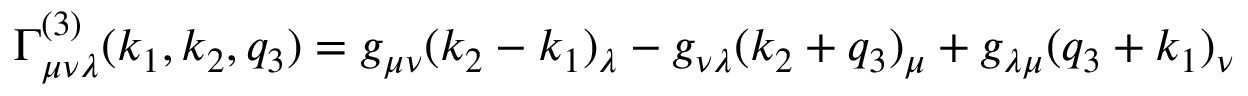
\Gamma _ { \mu \nu \lambda } ^ { ( 3 ) } ( k _ { 1 } , k _ { 2 } , q _ { 3 } ) = g _ { \mu \nu } ( k _ { 2 } - k _ { 1 } ) _ { \lambda } - g _ { \nu \lambda } ( k _ { 2 } + q _ { 3 } ) _ { \mu } + g _ { \lambda \mu } ( q _ { 3 } + k _ { 1 } ) _ { \nu }